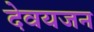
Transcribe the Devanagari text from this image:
देवयजन